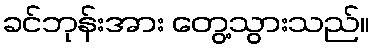
ခင်ဘုန်းအား တွေ့သွားသည်။